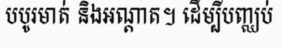
បបូរមាត់ និងអណ្តាត។ ដើម្បីបញ្ឈប់